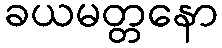
ခယမတ္တနော